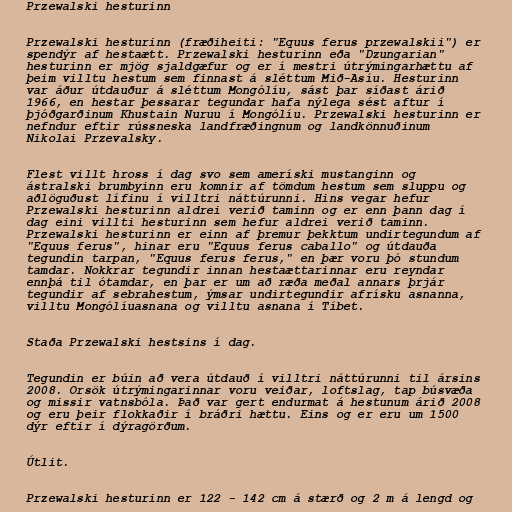
Przewalski hesturinn

Przewalski hesturinn (fræðiheiti: "Equus ferus przewalskii") er
spendýr af hestaætt. Przewalski hesturinn eða "Dzungarian"
hesturinn er mjög sjaldgæfur og er í mestri útrýmingarhættu af
þeim villtu hestum sem finnast á sléttum Mið-Asíu. Hesturinn
var áður útdauður á sléttum Mongólíu, sást þar síðast árið
1966, en hestar þessarar tegundar hafa nýlega sést aftur í
þjóðgarðinum Khustain Nuruu í Mongólíu. Przewalski hesturinn er
nefndur eftir rússneska landfræðingnum og landkönnuðinum
Nikolai Przevalsky.

Flest villt hross í dag svo sem ameríski mustanginn og
ástralski brumbyinn eru komnir af tömdum hestum sem sluppu og
aðlöguðust lífinu í villtri náttúrunni. Hins vegar hefur
Przewalski hesturinn aldrei verið taminn og er enn þann dag í
dag eini villti hesturinn sem hefur aldrei verið taminn.
Przewalski hesturinn er einn af þremur þekktum undirtegundum af
"Equus ferus", hinar eru "Equus ferus caballo" og útdauða
tegundin tarpan, "Equus ferus ferus," en þær voru þó stundum
tamdar. Nokkrar tegundir innan hestaættarinnar eru reyndar
ennþá til ótamdar, en þar er um að ræða meðal annars þrjár
tegundir af sebrahestum, ýmsar undirtegundir afrísku asnanna,
villtu Mongólíuasnana og villtu asnana í Tíbet.

Staða Przewalski hestsins í dag.

Tegundin er búin að vera útdauð í villtri náttúrunni til ársins
2008. Orsök útrýmingarinnar voru veiðar, loftslag, tap búsvæða
og missir vatnsbóla. Það var gert endurmat á hestunum árið 2008
og eru þeir flokkaðir í bráðri hættu. Eins og er eru um 1500
dýr eftir í dýragörðum.

Útlit.

Przewalski hesturinn er 122 - 142 cm á stærð og 2 m á lengd og